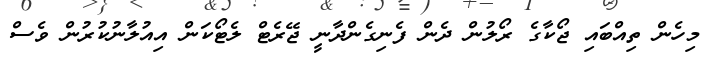
މިހެން ތިއްބައި ޖޯކާގެ ރޯލުން ދެން ފެނިގެންދާނީ ޖޭރެޓް ލެޓޯކަން އިއުލާނުކުރުން ވެސް